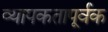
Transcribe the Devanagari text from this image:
व्यापकतापूर्वक